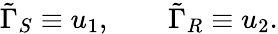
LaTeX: \tilde{\Gamma}_{S}\equiv u_{1},\qquad\tilde{\Gamma}_{R}\equiv u_{2}.